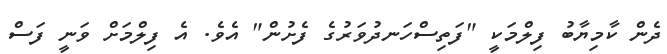
ދެން ކާމިޔާބު ފިލްމަކީ "ފަތިސްހަނދުވަރުގެ ފެށުން" އެވެ. އެ ފިލްމަށް ވަނީ ފަސް